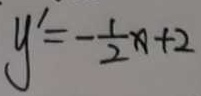
y ^ { \prime } = - \frac { 1 } { 2 } x + 2